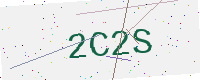
Text: 2C2S